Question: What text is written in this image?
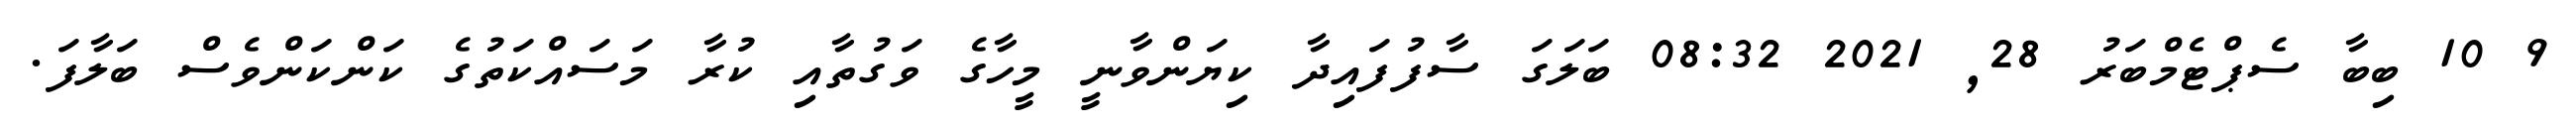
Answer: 9 10 ބިބާ ސެޕްޓެމްބަރު 28, 2021 08:32 ބަލަގަ ސާފުފައިދާ ކިޔަންވާނީ މީހާގެ ވަގުތާއި ކުރާ މަސައްކަތުގެ ކަންކަންވެސް ބަލާފަ.